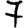
Digit: 7